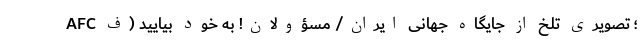
AFC ؛ تصویری تلخ از جایگاه جهانی ایران/ مسؤولان! به خود بیایید (ف